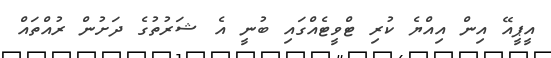
އީޕީއޭ އިން އިއްޔެ ކުރި ޓްވީޓެއްގައި ބުނީ އެ ޝަރުތުގެ ދަށުން ރުއްތައް